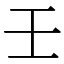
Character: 壬